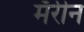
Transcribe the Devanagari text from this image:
मॅरीन